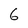
Character: 6